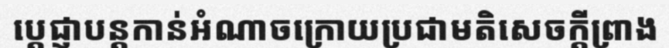
ប្តេជ្ញាបន្តកាន់អំណាចក្រោយប្រជាមតិសេចក្តីព្រាង